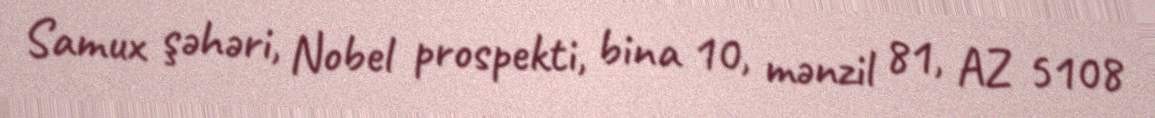
Samux şəhəri, Nobel prospekti, bina 10, mənzil 81, AZ 5108